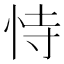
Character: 恃